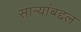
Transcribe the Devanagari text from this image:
साऱ्यांबद्दल